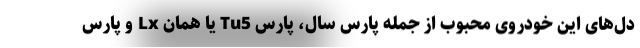
دل‌های این خودروی محبوب از جمله پارس سال، پارس Tu5 یا همان Lx و پارس